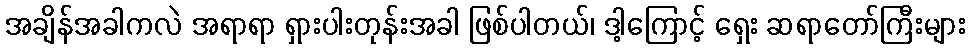
အချိန်အခါကလဲ အရာရာ ရှားပါးတုန်းအခါ ဖြစ်ပါတယ်၊ ဒါ့ကြောင့် ရှေး ဆရာတော်ကြီးများ